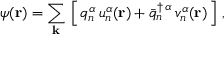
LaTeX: \psi ( { \bf r } ) = \sum _ { \bf k } \, \left[ \, q _ { n } ^ { \alpha } \, u _ { n } ^ { \alpha } ( { \bf r } ) + { \bar { q } } _ { n } ^ { \dagger \, { \alpha } } \, v _ { n } ^ { \alpha } ( { \bf r } ) \, \right] \, ,